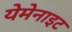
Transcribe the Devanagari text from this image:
येमेनाइट